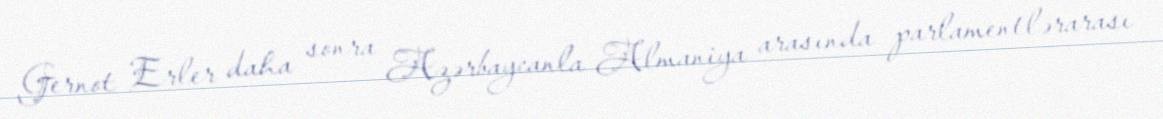
Gernot Erler daha sonra Azərbaycanla Almaniya arasında parlamentlərarası